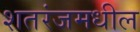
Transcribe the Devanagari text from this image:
शतरंजमधील